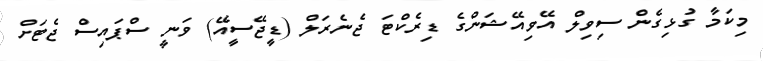
މިކަމާ ގުޅިގެން ސިވިލް އޭވިއޭޝަންގެ ޑިރެކްޓަ ޖެނެރަލް (ޑީޖޭސީއޭ) ވަނީ ސްޕައިސް ޖެޓަށް